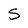
Character: S